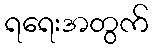
ရရေးအတွက်